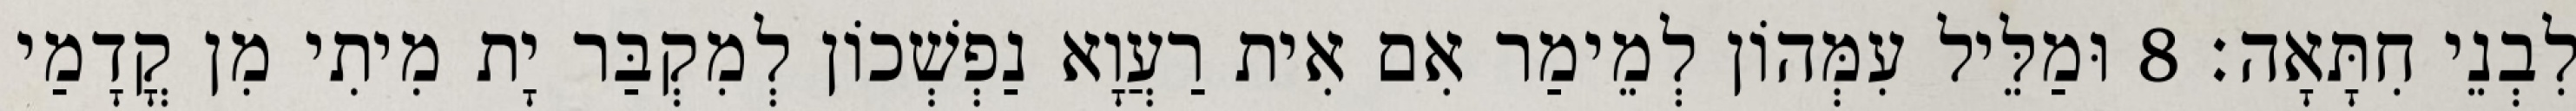
לִבְנֵי חִתָּאָה׃ 8 וּמַלֵּיל עִמְּהוֹן לְמֵימַר אִם אִית רַעֲוָא נַפְשְׁכוֹן לְמִקְבַּר יָת מִיתִי מִן קֳדָמַי